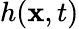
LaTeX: h(\mathbf{x},t)